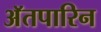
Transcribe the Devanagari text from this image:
अॅतपारिन